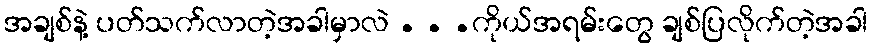
အချစ်နဲ့ ပတ်သက်လာတဲ့အခါမှာလဲ . . .ကိုယ်အရမ်းတွေ ချစ်ပြလိုက်တဲ့အခါ